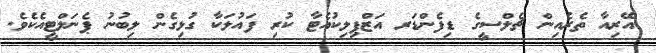
އޭރިއާ ތެރެއިން ޗެލްސީގެ ޑިފެންޑަަރ އަޒްޕިލިކުއެޓާ ކުރި ފައުލަކާ ގުޅިގެން ލިބުނު ޕެނަލްޓީއެކެވެ.